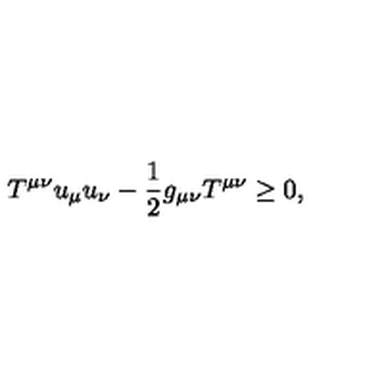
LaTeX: T ^ { \mu \nu } u _ { \mu } u _ { \nu } - \frac 1 2 g _ { \mu \nu } T ^ { \mu \nu } \geq 0 ,